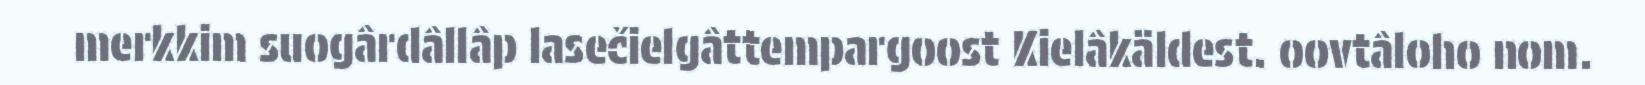
merkkim suogârdâllâp lasečielgâttempargoost Kielâkäldest. oovtâloho nom.